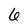
Character: 6